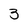
Character: 3